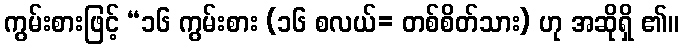
ကွမ်းစားဖြင့် “၁၆ ကွမ်းစား (၁၆ စလယ်= တစ်စိတ်သား) ဟု အဆိုရှိ ၏။